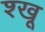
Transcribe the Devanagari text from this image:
श्खू